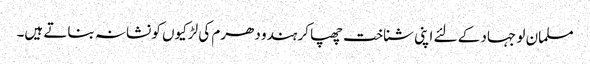
مسلمان لو جہاد کے لئے اپنی شناخت چھپا کر ہندو دھرم کی لڑکیوں کو نشانہ بناتے ہیں۔